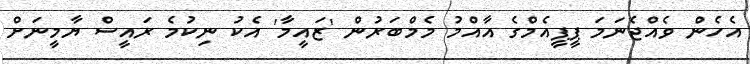
އެހެން ވެއްޖެނަމަ ޕީޕީއެމްގެ އާއްމު މެމްބަރުން 'ޒައީމާ' އެކު ނިކުމެ ރައީސް ޔާމީނަށް